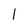
Character: 1